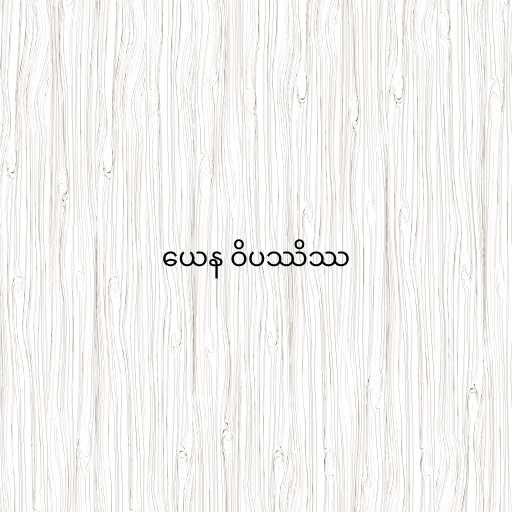
ယေန ဝိပဿိဿ